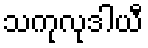
သကုလုဒါယီ